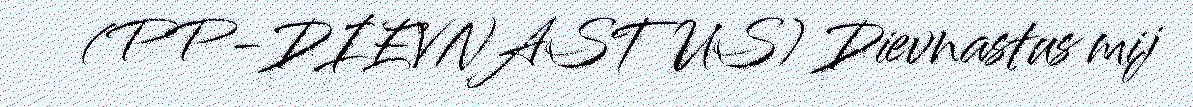
(PP-DIEVNASTUS) Dievnastus mij